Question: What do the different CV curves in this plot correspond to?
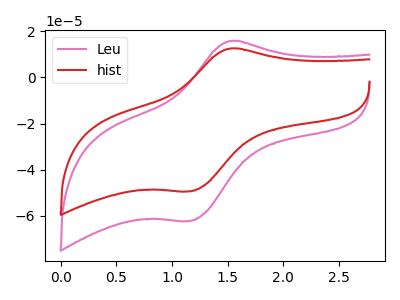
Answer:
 <answer>The pink curve is labeled "Leu". The red curve is labeled "hist".</answer>
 <eval></eval>